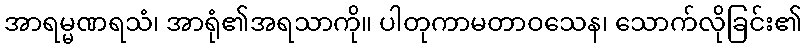
အာရမ္မဏရသံ၊ အာရုံ၏အရသာကို။ ပါတုကာမတာဝသေန၊ သောက်လိုခြင်း၏